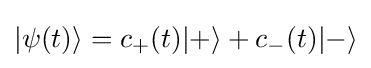
|\psi (t)\rangle =c_{+}(t)|+\rangle +c_{-}(t)|-\rangle